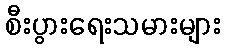
စီးပွားရေးသမားများ